Senior Leaving Certificate Examination (including Day School Certificate (Higher) General paper), 1947
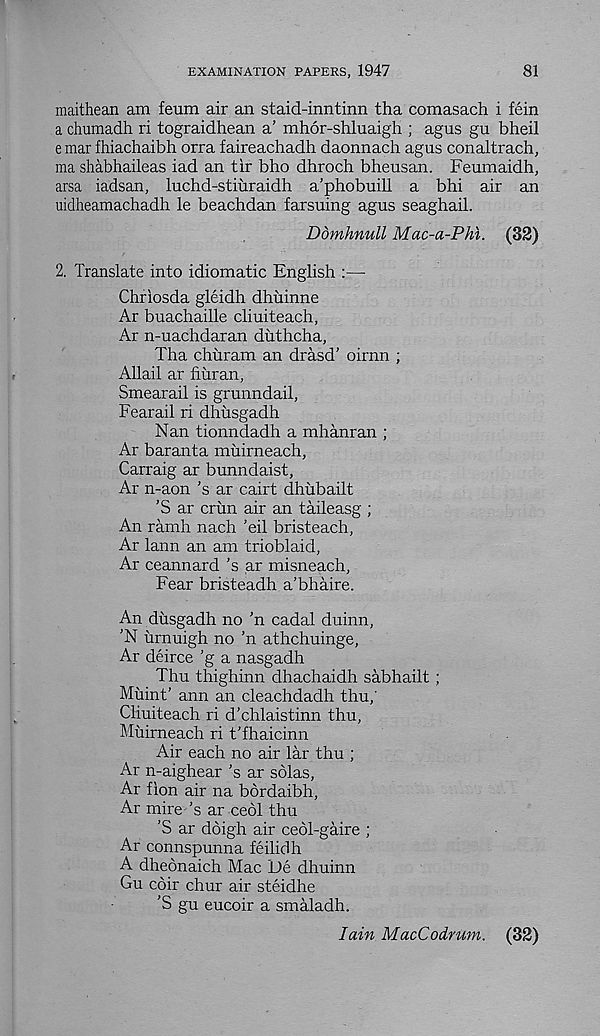
EXAMINATION PAPERS, 1947
81
maithean am feum air an staid-inntinn tha comasach i fein
a chumadh ri tograidhean a’ mhor-shluaigh ; agus gu bheil
e mar fhiachaibh orra faireachadh daonnach agus conaltrach,
ma shabhaileas iad an tir bho dhroch bheusan. Feumaidh,
arsa iadsan, luchd-stiuraidh a’phobuill a bhi air an
uidheamachadh le beachdan farsuing agus seaghail.
Ddmhnull Mac-a-Phi. (32)
2. Translate into idiomatic English :—
Chriosda gleidh dhuinne
Ar buachaille cliuiteach,
Ar n-uachdaran duthcha,
Tha churam an drasd’ oirnn ;
Allah ar fiuran,
Smearail is grunndail,
Fearail ri dhusgadh
Nan tionndadh a mhanran ;
Ar baranta miiirneach,
Carraig ar bunndaist,
Ar n-aon’s ar cairt dhubailt
’S ar crim air an taileasg ;
An ramh nach ’eil bristeach,
Ar lann an am trioblaid,
Ar ceannard’s ar misneach,
Fear bristeadh a’bhaire.
An dusgadh no ’n cadal duinn,
'N irrnuigh no ’n athchuinge,
Ar deirce ’g a nasgadh
Thu thighinn dhachaidh sabhailt ;
Miiint' ann an cleachdadh thu/
Cliuiteach ri d'chlaistinn thu,
Muirneach ri t'fhaicinn
Air each no air lar thu ;
Ar n-aighear’s ar solas,
Ar fion air na bdrdaibh,
Ar mire ’s ar cedi thu
’S ar doigh air ceol-gaire ;
Ar connspunna feilidh
A dheonaich Mac JJe dhuinn
Gu coir chur air steidhe
'S gu eucoir a smaladh.
Iain MacCodrum. (82)